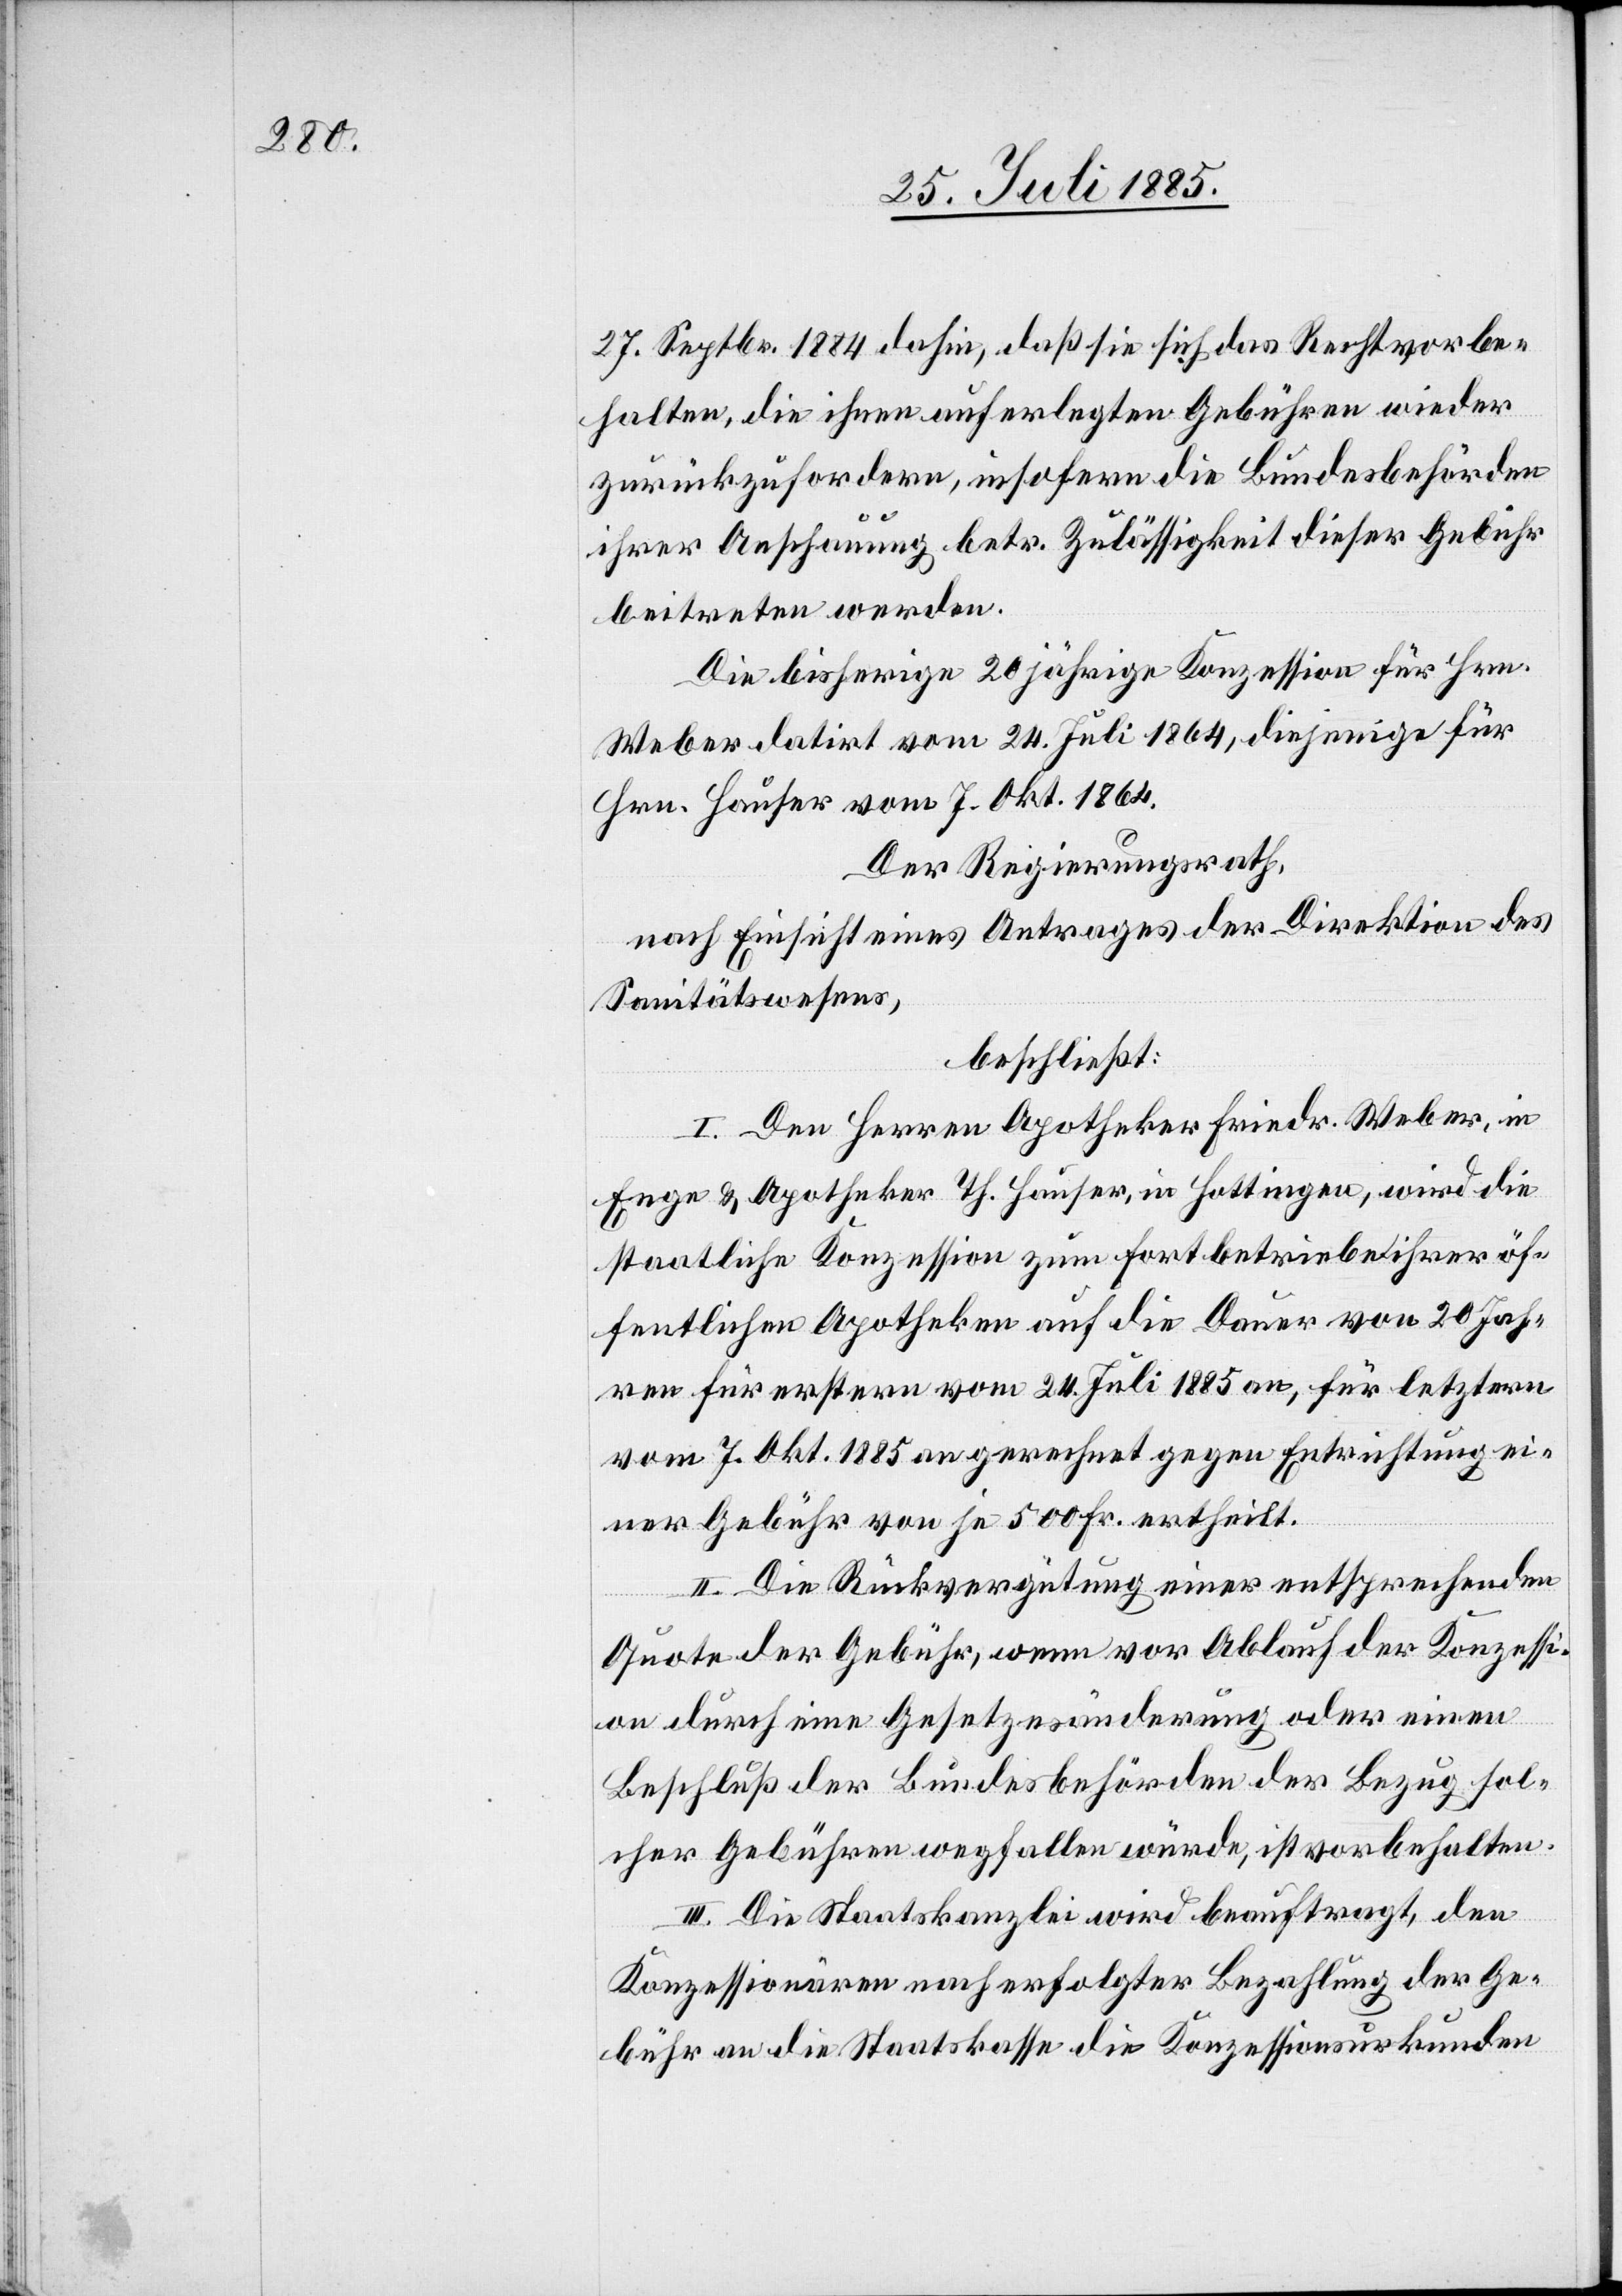
27. Septbr. 1884 dahin, daß sie sich das Recht vorbe¬
halten, die ihnen auferlegten Gebühren wieder
zurückzufordern, insofern die Bundesbehörden
ihrer Anschauung betr. Zulässigkeit dieser Gebühr
beitreten werden.
Die bisherige 20jährige Konzession für Hrn.
Weber datirt vom 24. Juli 1864, diejenige für
Hrn. Hauser vom 7. Okt. 1864.
Der Regierungsrath,
nach Einsicht eines Antrages der Direktion des
Sanitätswesens,
beschließt:
I. Den Herren Apotheker Friedr. Weber, in
Enge & Apotheker Th. Hauser, in Hottingen, wird die
staatliche Konzession zum Fortbetriebe ihrer öf¬
fentlichen Apotheken auf die Dauer von 20 Jah¬
ren für ersteren vom 24. Juli 1885 an, für letzteren
vom 7. Okt. 1885 an gerechnet gegen Entrichtung ei¬
ner Gebühr von je 500 Fr. ertheilt.
II. Die Rückvergütung einer entsprechenden
Quote der Gebühr, wenn vor Ablauf der Konzessi¬
on durch eine Gesetzesänderung oder einen
Beschluß der Bundesbehörden der Bezug sol¬
cher Gebühren wegfallen würde, ist vorbehalten.
III. Die Staatskanzlei wird beauftragt, den
Konzessionären nach erfolgter Bezahlung der Ge¬
bühr an die Staatskasse die Konzessionsurkunden